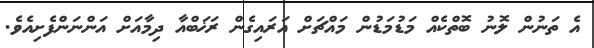
އެ ތަނުން ލޮނު ބޮތްކެއް މަޑުމަޑުން މައްޗަށް އަރައިގެން ރަޚަބްއާ ދިމާއަށް އަންނަންފެށިއެވެ.